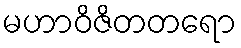
မဟာဝိဇိတတရော